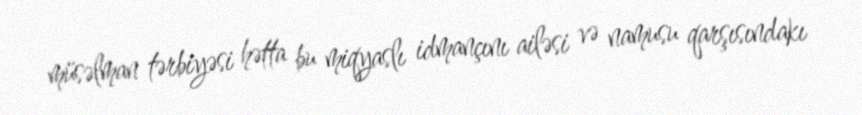
müsəlman tərbiyəsi hətta bu miqyaslı idmançını ailəsi və namusu qarşısındakı